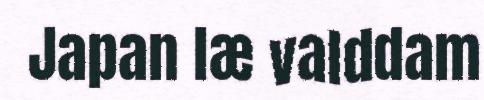
Japan læ valddam